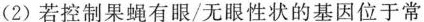
(2)若控制果蝇有眼/无眼性状的基因位于常